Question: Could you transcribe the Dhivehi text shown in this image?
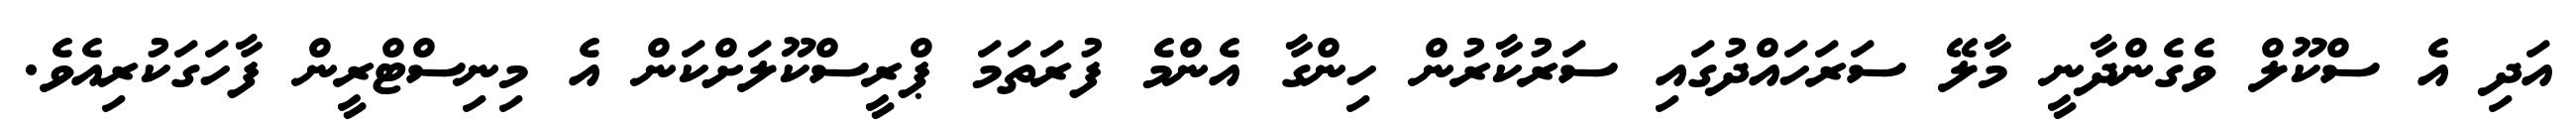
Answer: އަދި އެ ސްކޫލް ވެގެންދާނީ މާލޭ ސަރަހައްދުގައި ސަރުކާރުން ހިންގާ އެންމެ ފުރަތަމަ ޕްރީސްކޫލަށްކަން އެ މިނިސްޓްރީން ފާހަގަކުރިއެވެ.